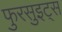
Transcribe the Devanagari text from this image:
फुरसुइट्स